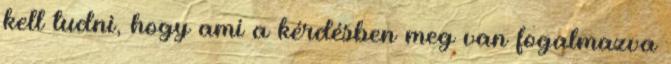
kell tudni, hogy ami a kérdésben meg van fogalmazva